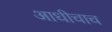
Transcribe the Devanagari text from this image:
आधीचाच